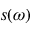
s ( \omega )